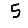
Digit: 5